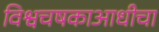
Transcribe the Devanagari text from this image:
विश्वचषकाआधीचा